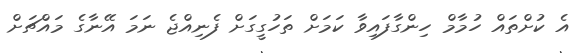
އެ ކުށްތައް ހުމާމް ހިންގާފައިވާ ކަމަށް ތަހުގީގަށް ފެނިއްޖެ ނަމަ އޭނާގެ މައްޗަށް